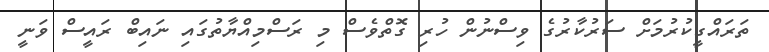
ތަރައްގީކުރުމަށް ސަރުކާރުގެ ވިސްނުން ހުރި ގޮތްވެސް މި ރަސްމިއްޔާތުގައި ނައިބް ރައީސް ވަނީ